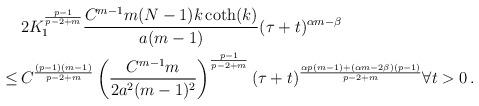
LaTeX: \begin{align*}\begin{aligned}& \, 2 K_1^{\frac{p-1}{p-2+m}}\frac{ C^{m-1}m (N-1) k \coth(k) }{a(m-1)}(\tau+t)^{\alpha m-\beta} \\\leq & \, C^{\frac{(p-1)(m-1)}{p-2+m}}\left(\frac{C^{m-1}m}{2 a^2(m-1)^2}\right)^{\frac{p-1}{p-2+m}} (\tau+t)^{\frac{\alpha p(m-1)+ (\alpha m - 2\beta )(p-1)}{p-2+m}} \forall t > 0 \, .\end{aligned}\end{align*}